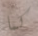
كما